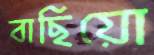
বাছিয়ো